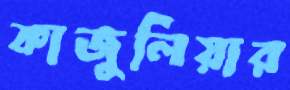
কাজুলিয়ার